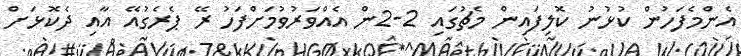
އެންމެފަހުން ކުޅުނު ކޮލިފައިން މެޗުގައި 2-2ން އެއްވަރުވުމަށްފަހު ރޭ ޕެރެގުއޭ އާއި ދެކޮޅަށް